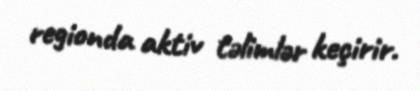
regionda aktiv təlimlər keçirir.